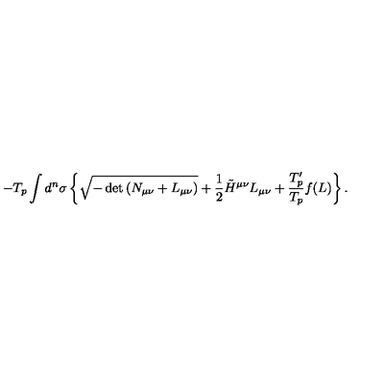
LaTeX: - T _ { p } \int d ^ { n } \sigma \left\{ \sqrt { - \det { \left( N _ { \mu \nu } + L _ { \mu \nu } \right) } } + \frac { 1 } { 2 } \tilde { H } ^ { \mu \nu } L _ { \mu \nu } + { \frac { T _ { p } ^ { \prime } } { T _ { p } } } f ( L ) \right\} .